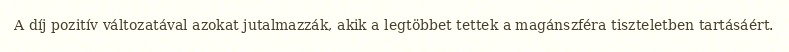
A díj pozitív változatával azokat jutalmazzák, akik a legtöbbet tettek a magánszféra tiszteletben tartásáért.